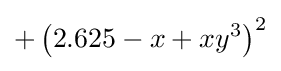
+\left(2.625-x+xy^{3}\right)^{2}